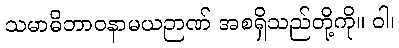
သမာဓိဘာဝနာမယဉာဏ် အစရှိသည်တို့ကို။ ဝါ၊